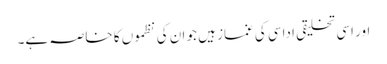
اور اسی تخلیقی اداسی کی غماز ہیں جو ان کی نظموں کا خاصہ ہے۔